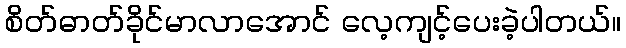
စိတ်ဓာတ်ခိုင်မာလာအောင် လေ့ကျင့်ပေးခဲ့ပါတယ်။